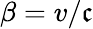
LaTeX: \beta=v/\mathfrak{c}